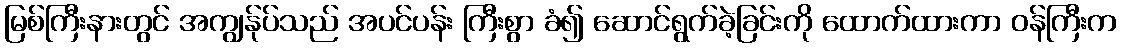
မြစ်ကြီးနားတွင် အကျွန်ုပ်သည် အပင်ပန်း ကြီးစွာ ခံ၍ ဆောင်ရွက်ခဲ့ခြင်းကို ထောက်ထားကာ ဝန်ကြီးက